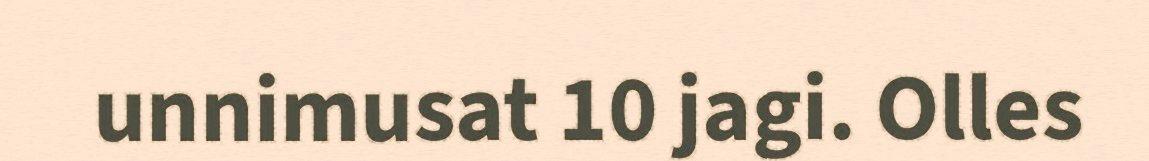
unnimusat 10 jagi. Olles